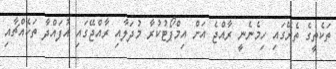
ތަކެތީގެ ތެރޭގައި ހިމެނެނީ ރާއްޖެ އަށް އިމްޕޯޓުކުރާ މުދަލާއި ރާއްޖޭގައި އުފައްދާ ތަކެއްޗާއި